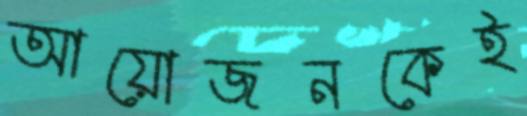
আয়োজনকেই